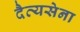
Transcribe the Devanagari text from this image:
दैत्यसेना